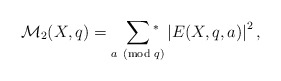
\begin{align*}\mathcal{M}_2(X,q)=\sum_{a\!\!\!\pmod q}\!\!\!\!\!{}^{*}\;\left|E(X,q,a)\right|^2,\end{align*}